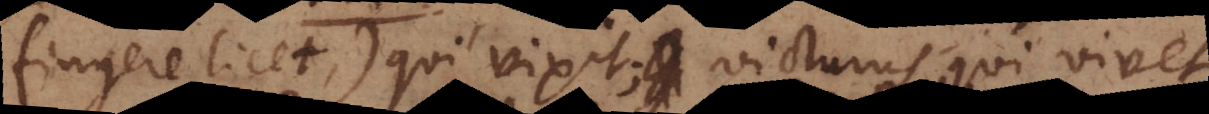
fingere licet), qui vixit; victurus, qui vivet.